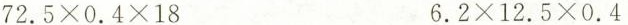
$$7 2 . 5 \times 0 . 4 ×1 8 $$ $$ 6 . 2 \times 1 2 . 5 \times 0 . 4$$